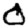
Digit: 0